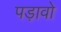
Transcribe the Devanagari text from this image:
पड़ावो